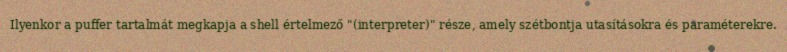
Ilyenkor a puffer tartalmát megkapja a shell értelmező "(interpreter)" része, amely szétbontja utasításokra és paraméterekre.